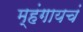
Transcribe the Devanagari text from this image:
म्हंगायचं